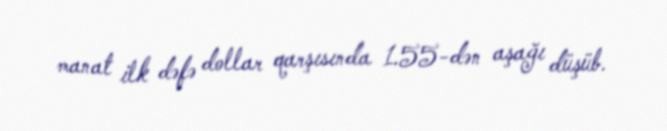
manat ilk dəfə dollar qarşısında 1.55-dən aşağı düşüb.